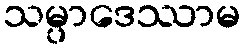
သမ္ပာဒေဿာမ